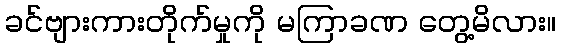
ခင်ဗျားကားတိုက်မှုကို မကြာခဏ တွေ့မိလား။